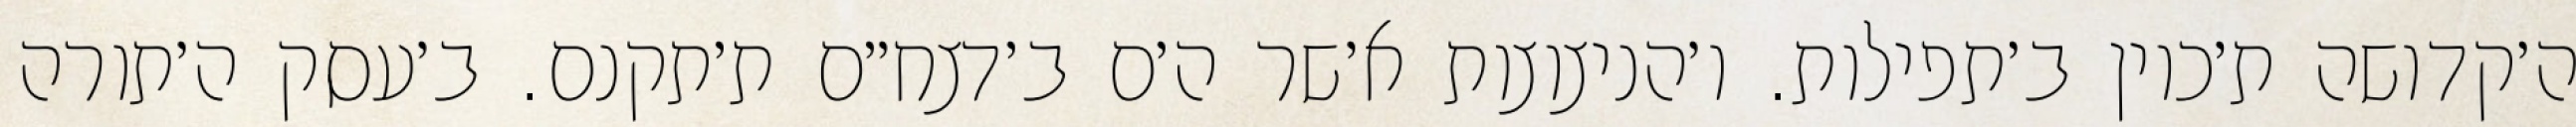
ה׳קדושה ת׳כוין ב׳תפילות. ו׳הניצוצות א׳שר ה׳ם ב׳דצח״ם ת׳תקנם. ב׳עסק ה׳תורה